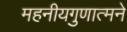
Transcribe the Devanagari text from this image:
महनीयगुणात्मने